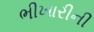
ભીખારીની